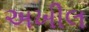
અખીલ